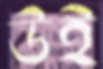
উই